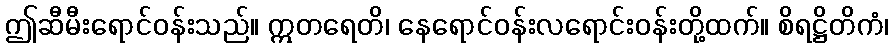
ဤဆီမီးရောင်ဝန်းသည်။ ဣတရေတိ၊ နေရောင်ဝန်းလရောင်းဝန်းတို့ထက်။ စိရဋ္ဌိတိကံ၊